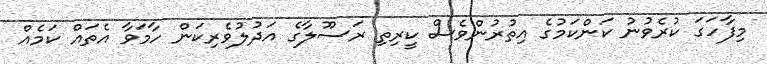
މިފާހަގަ ކުރެވުނު ކަންކަމުގެ އިތުރުންވެސް ކީރިތި ރަސޫލާގެ އަދުލުވެރިކަން ހާމަވާ އެތައް ކަމެއް